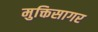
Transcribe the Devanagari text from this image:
मुक्तिसागर